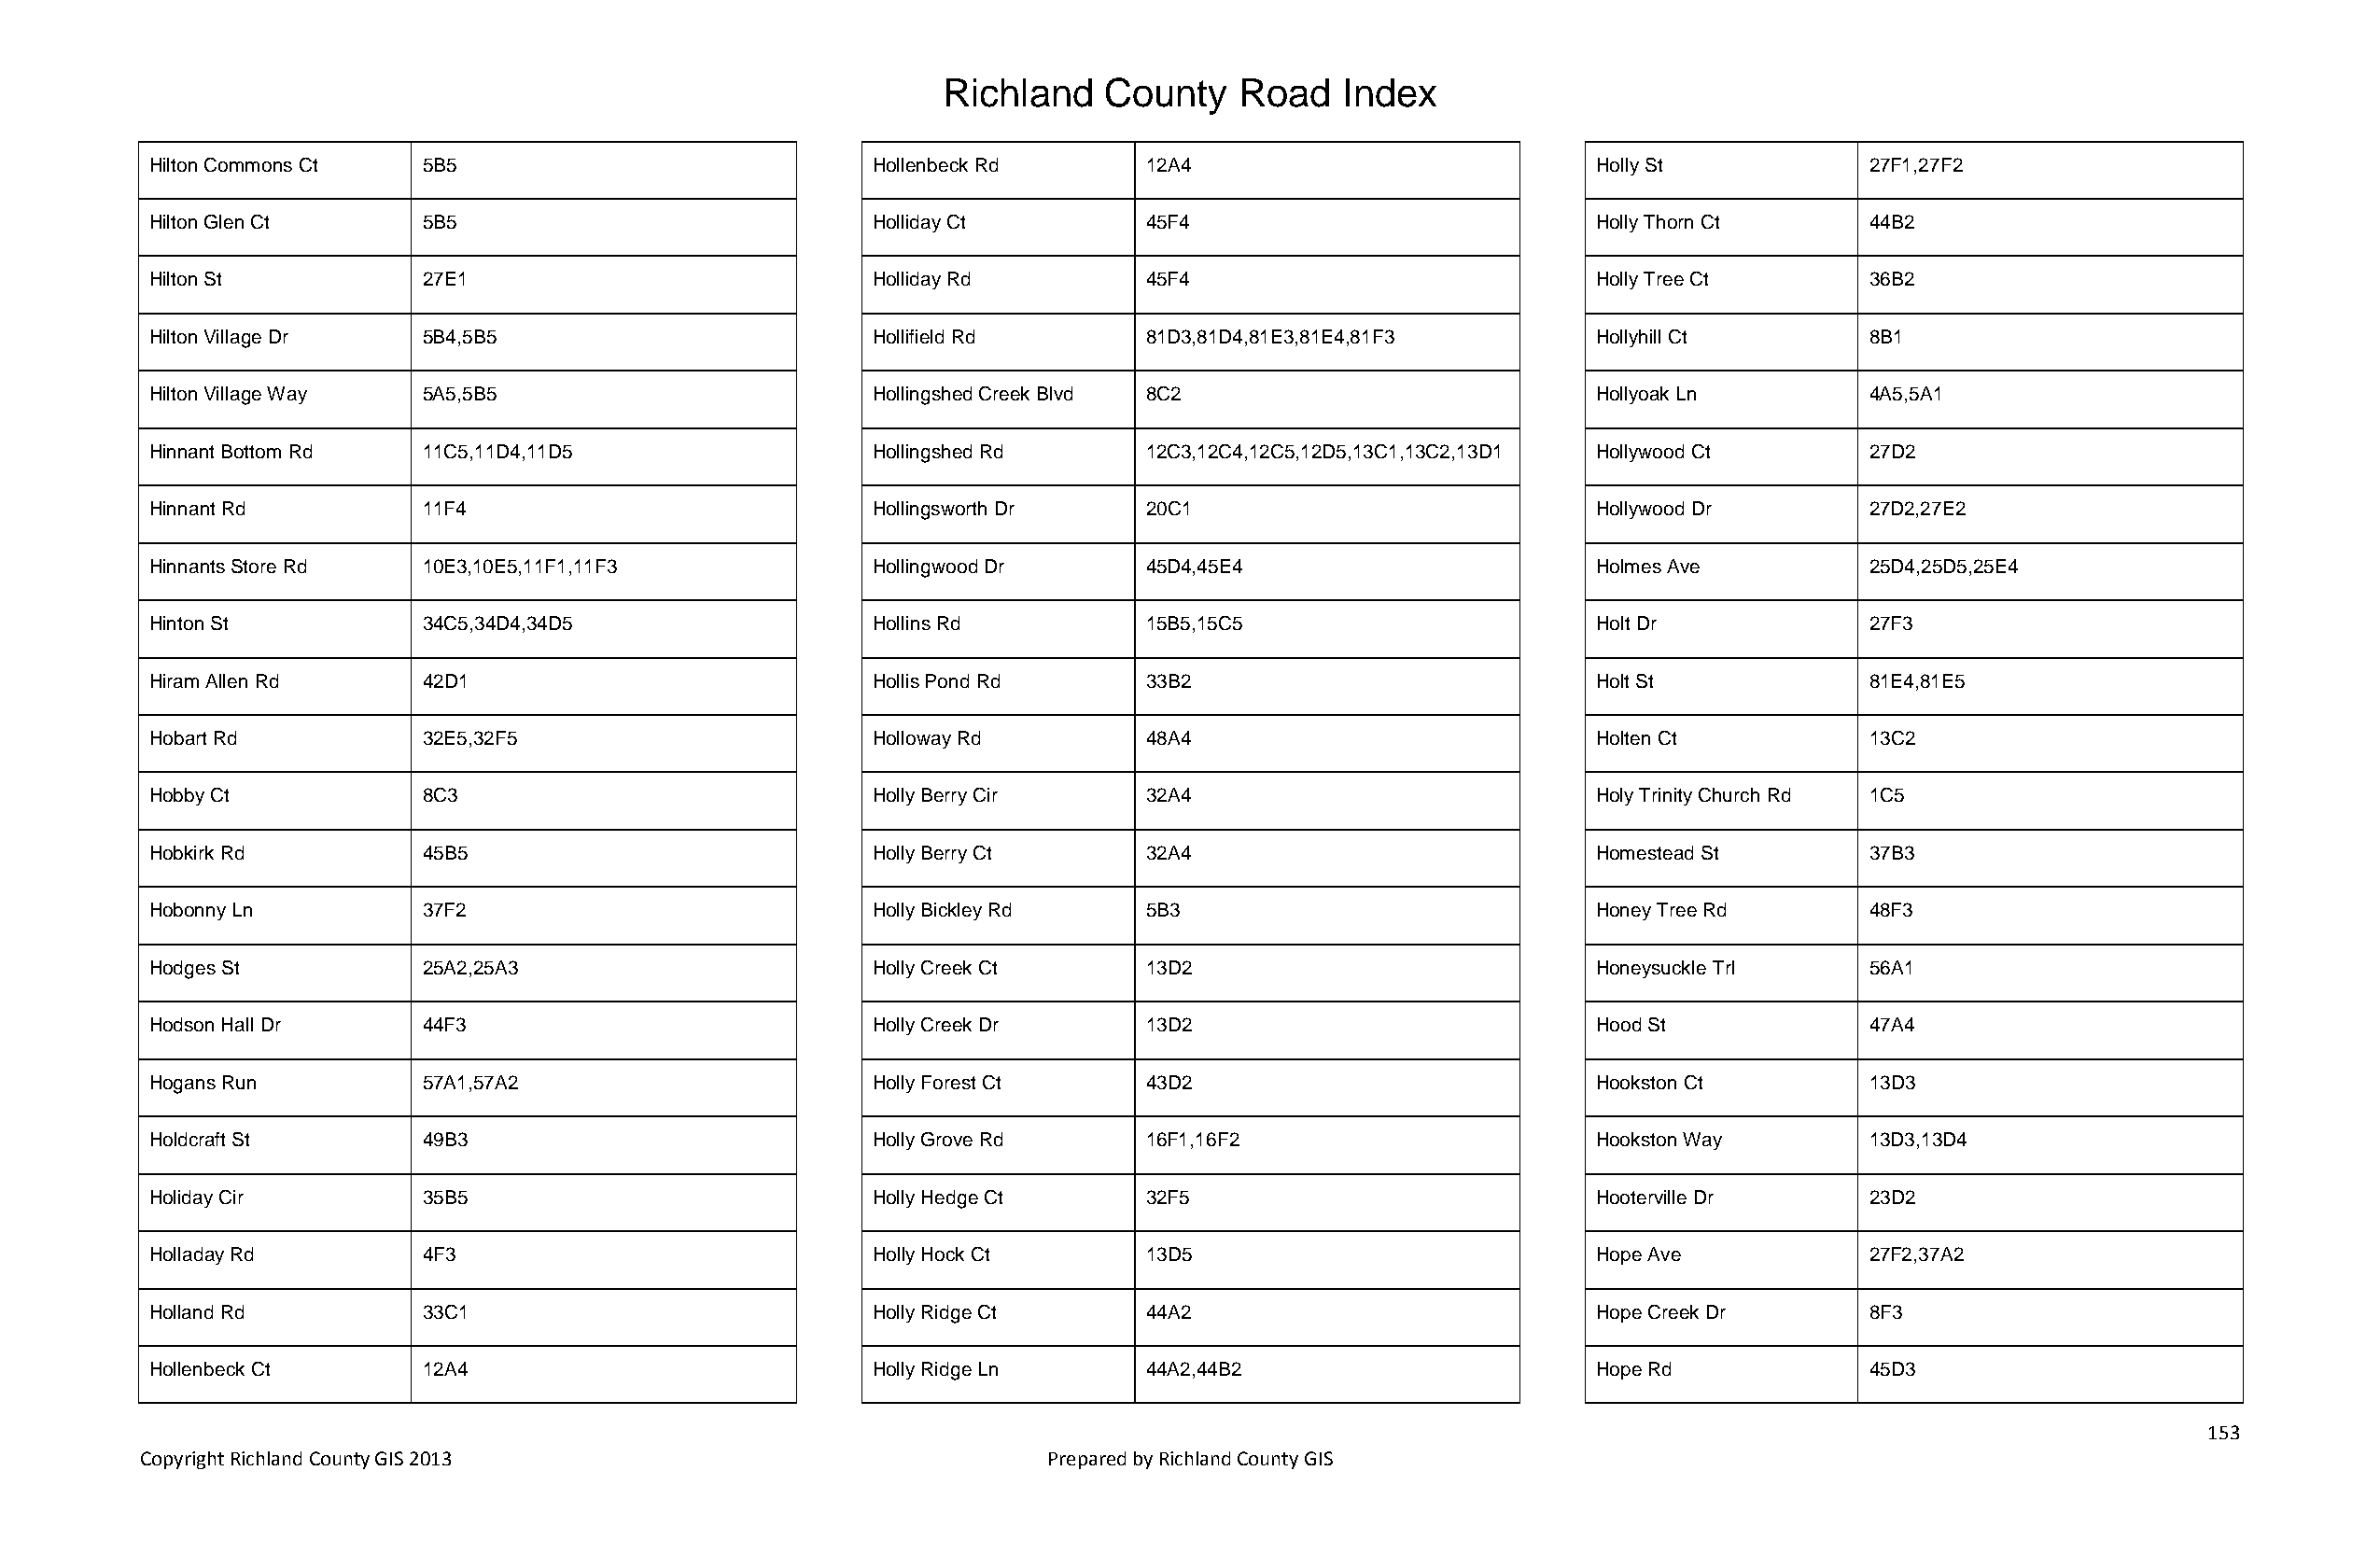
Richland   County    Road   Index
 Hilton Commons Ct  5B5                             Hollenbeck Rd      12A4                            Holly St            27F1,27F2
 Hilton Glen Ct     5B5                             Holliday Ct        45F4                            Holly Thorn Ct      44B2
 Hilton St          27E1                            Holliday Rd        45F4                            Holly Tree Ct       36B2
 Hilton Village Dr  5B4,5B5                         Hollifield Rd      81D3,81D4,81E3,81E4,81F3        Hollyhill Ct        8B1
 Hilton Village Way 5A5,5B5                         Hollingshed Creek Blvd 8C2                         Hollyoak Ln         4A5,5A1
 Hinnant Bottom Rd  11C5,11D4,11D5                  Hollingshed Rd     12C3,12C4,12C5,12D5,13C1,13C2,13D1 Hollywood Ct     27D2
 Hinnant Rd         11F4                            Hollingsworth Dr   20C1                            Hollywood Dr        27D2,27E2
 Hinnants Store Rd  10E3,10E5,11F1,11F3             Hollingwood Dr     45D4,45E4                       Holmes Ave          25D4,25D5,25E4
 Hinton St          34C5,34D4,34D5                  Hollins Rd         15B5,15C5                       Holt Dr             27F3
 Hiram Allen Rd     42D1                            Hollis Pond Rd     33B2                            Holt St             81E4,81E5
 Hobart Rd          32E5,32F5                       Holloway Rd        48A4                            Holten Ct           13C2
 Hobby Ct           8C3                             Holly Berry Cir    32A4                            Holy Trinity Church Rd 1C5
 Hobkirk Rd         45B5                            Holly Berry Ct     32A4                            Homestead St        37B3
 Hobonny Ln         37F2                            Holly Bickley Rd   5B3                             Honey Tree Rd       48F3
 Hodges St          25A2,25A3                       Holly Creek Ct     13D2                            Honeysuckle Trl     56A1
 Hodson Hall Dr     44F3                            Holly Creek Dr     13D2                            Hood St             47A4
 Hogans Run         57A1,57A2                       Holly Forest Ct    43D2                            Hookston Ct         13D3
 Holdcraft St       49B3                            Holly Grove Rd     16F1,16F2                       Hookston Way        13D3,13D4
 Holiday Cir        35B5                            Holly Hedge Ct     32F5                            Hooterville Dr      23D2
 Holladay Rd        4F3                             Holly Hock Ct      13D5                            Hope Ave            27F2,37A2
 Holland Rd         33C1                            Holly Ridge Ct     44A2                            Hope Creek Dr       8F3
 Hollenbeck Ct      12A4                            Holly Ridge Ln     44A2,44B2                       Hope Rd             45D3
 153
 Copyright Richland County GIS 2013                              Prepared by Richland County GIS